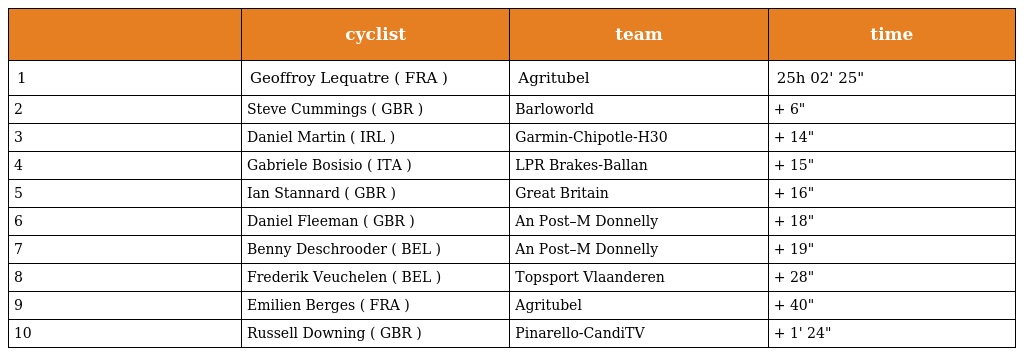
|  | cyclist | team | time |
 | --- | --- | --- | --- |
 | 1 | Geoffroy Lequatre ( FRA ) | Agritubel | 25h 02' 25" |
 | 2 | Steve Cummings ( GBR ) | Barloworld | + 6" |
 | 3 | Daniel Martin ( IRL ) | Garmin-Chipotle-H30 | + 14" |
 | 4 | Gabriele Bosisio ( ITA ) | LPR Brakes-Ballan | + 15" |
 | 5 | Ian Stannard ( GBR ) | Great Britain | + 16" |
 | 6 | Daniel Fleeman ( GBR ) | An Post–M Donnelly | + 18" |
 | 7 | Benny Deschrooder ( BEL ) | An Post–M Donnelly | + 19" |
 | 8 | Frederik Veuchelen ( BEL ) | Topsport Vlaanderen | + 28" |
 | 9 | Emilien Berges ( FRA ) | Agritubel | + 40" |
 | 10 | Russell Downing ( GBR ) | Pinarello-CandiTV | + 1' 24" |